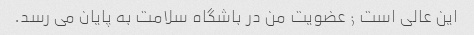
این عالی است ; عضویت من در باشگاه سلامت به پایان می رسد.